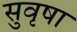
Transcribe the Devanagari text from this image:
सुवृषा